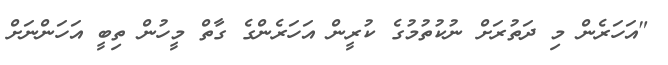
"އަހަރެން މި ދަތުރަށް ނުކުތުމުގެ ކުރީން އަހަރެންގެ ގާތް މީހުން ތިބީ އަހަންނަށް